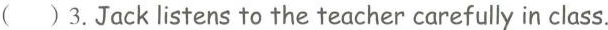
( )3. Jack listens to the teacher carefully in class.